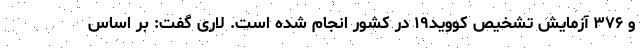
و ۳۷۶ آزمایش تشخیص کووید۱۹ در کشور انجام شده است. لاری گفت: بر اساس